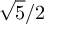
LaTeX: { \sqrt { 5 } } / 2